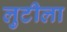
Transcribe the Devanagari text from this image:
लुटीला